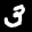
Digit: 3